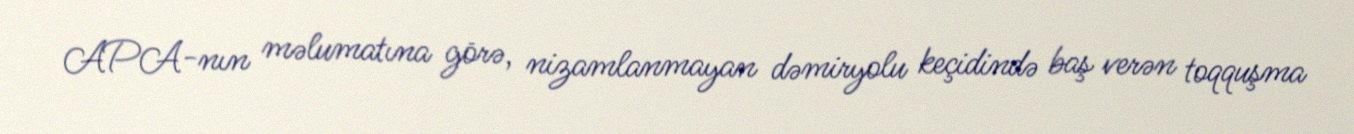
APA-nın məlumatına görə, nizamlanmayan dəmiryolu keçidində baş verən toqquşma